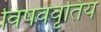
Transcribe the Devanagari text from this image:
विषववृतिय